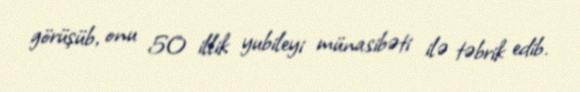
görüşüb, onu 50 illik yubileyi münasibəti ilə təbrik edib.